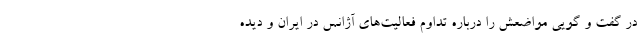
در گفت و گویی مواضعش را درباره تداوم فعالیت‌های آژانس در ایران و دیده